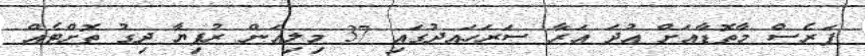
ފަރެސް މާތޮޑާއަށް އުދަ އަރާ ސަރަހައދުގައި 37 މިލިއަން ރުފިޔާ ދިގު ތޮށްޓެއް